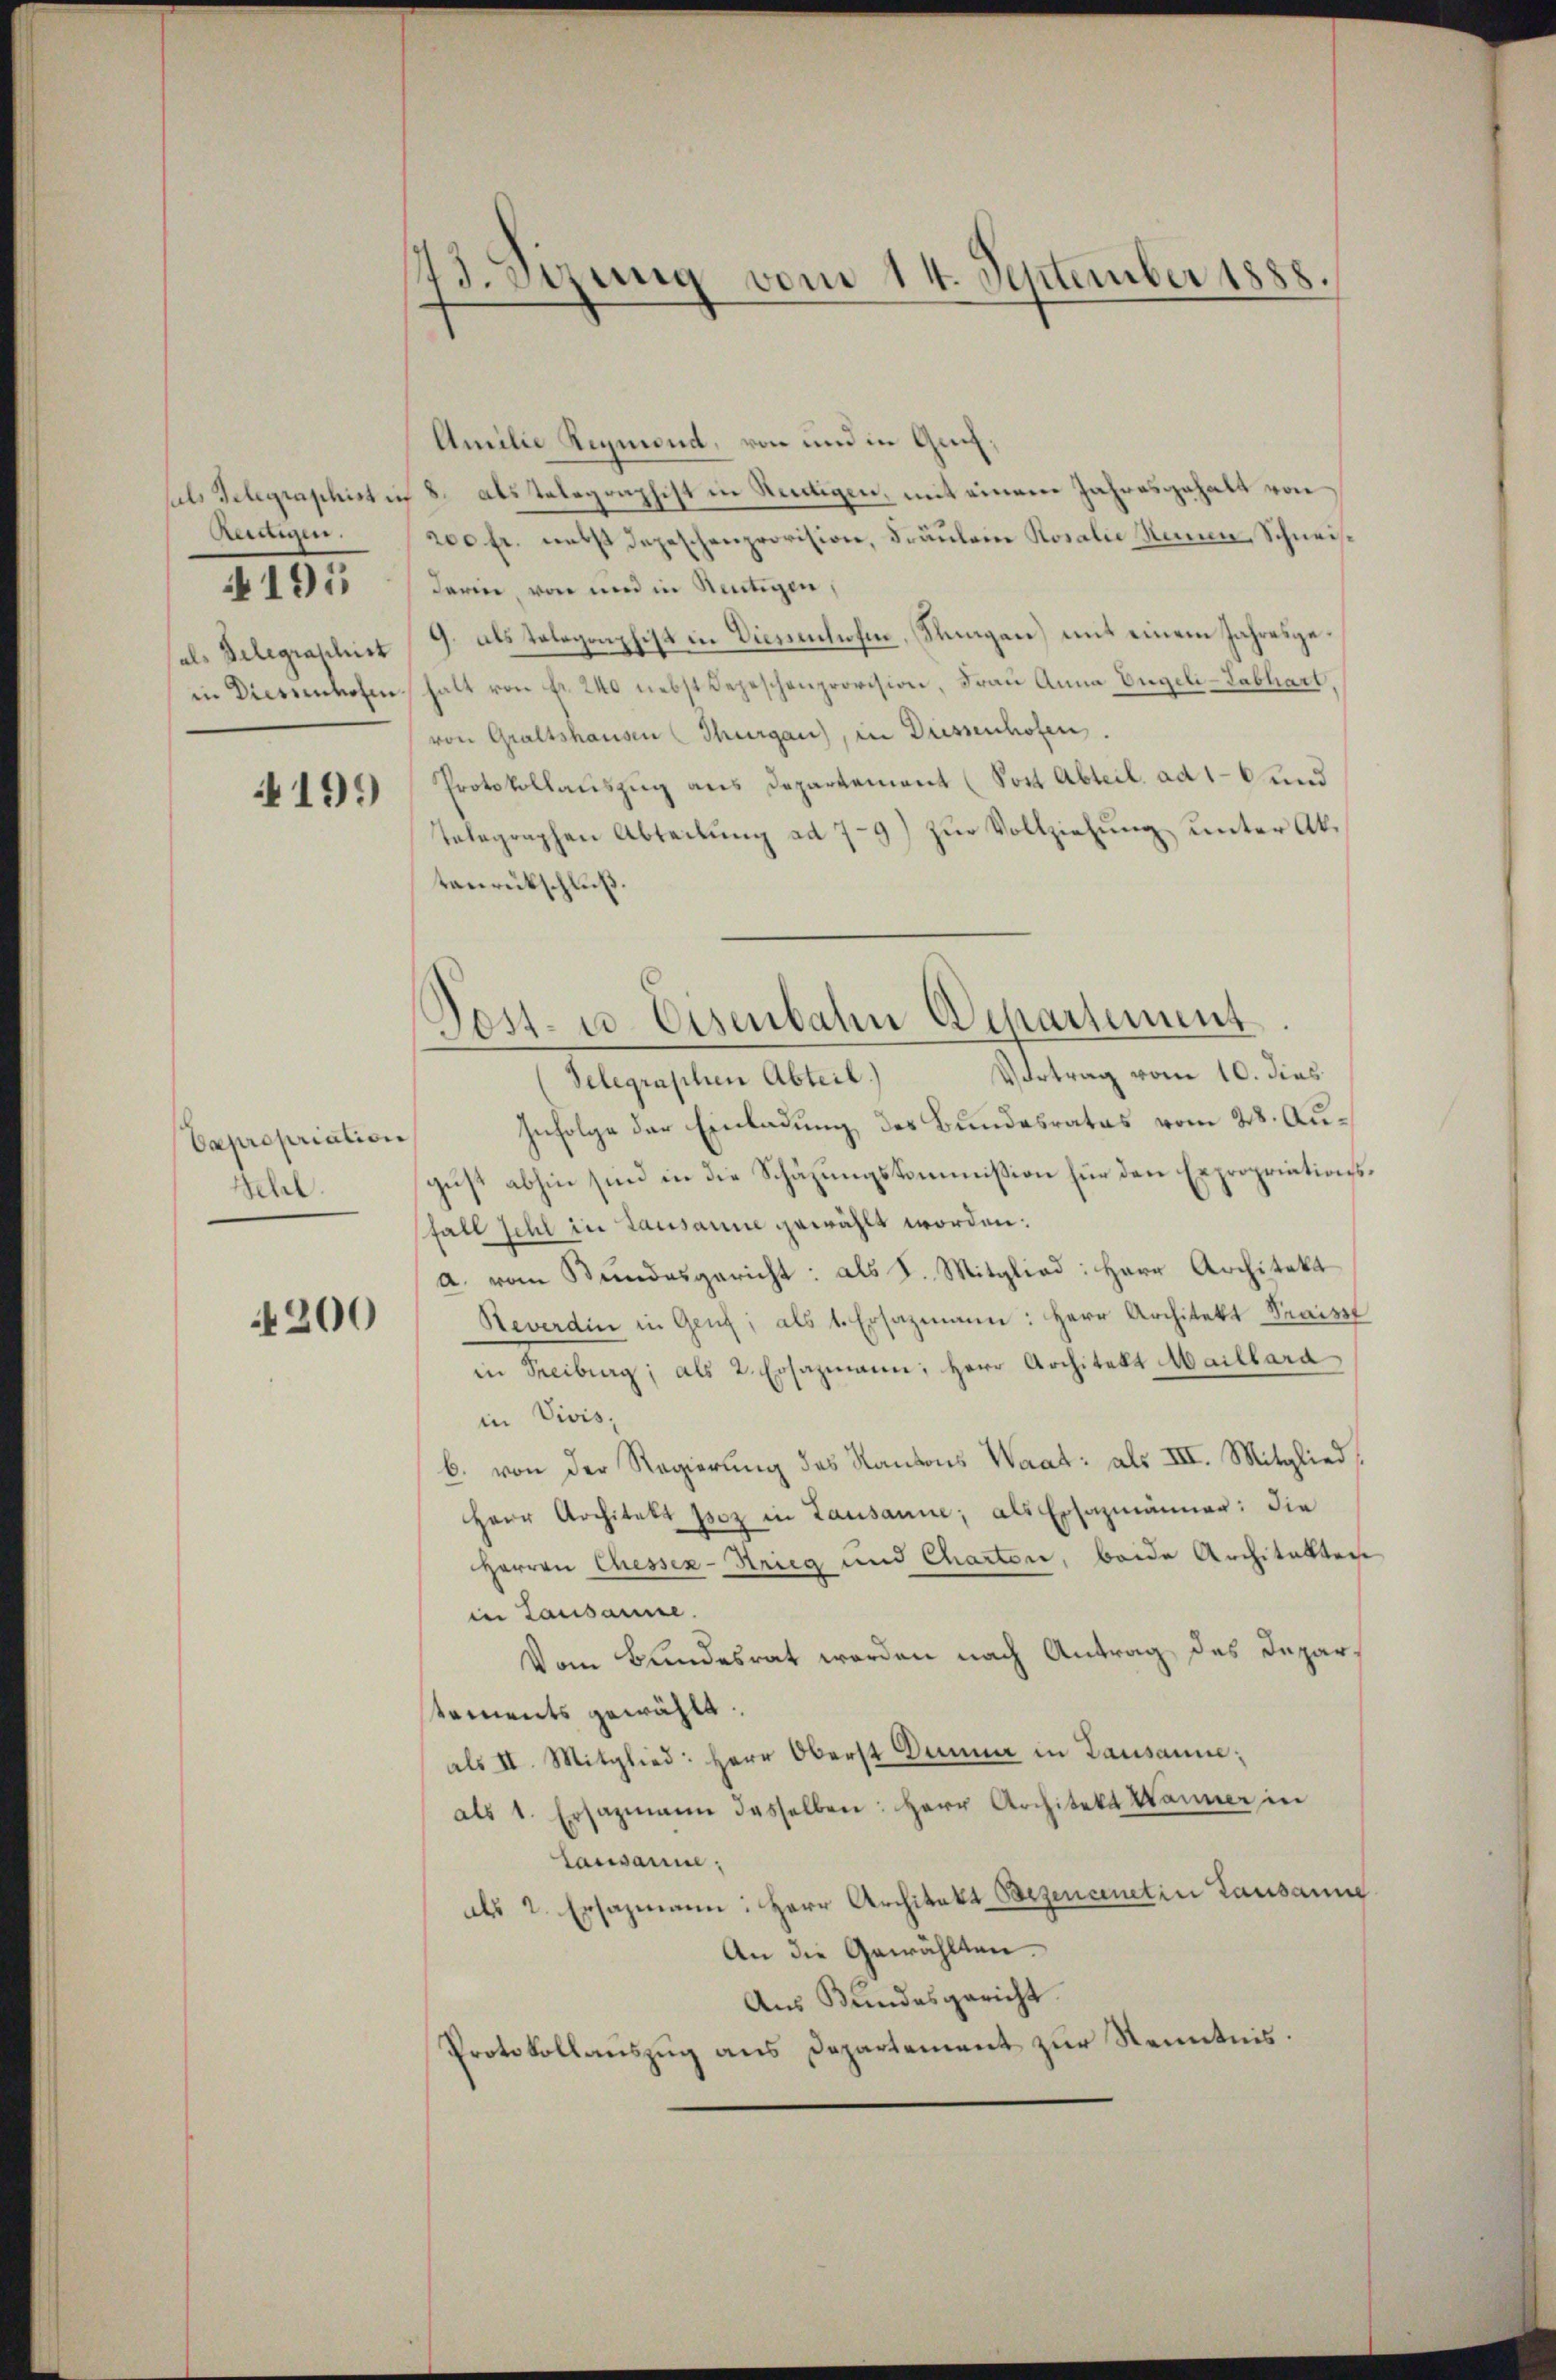
Rennen.
als Belegraschirt

195

4199

Schl

4200

173. Sizung vom 14. September 1888.

Amilie Reymond, von und in Gui,
sals Telegraphist in 8. Als Telegraphist in Neudigen, mit einem Jahresgehalt von
200 fr. nebst depeschenprovision, Fräulein Rosalie Neuen Schneisderin, von und in Reutigen,
9. als Telegenphist in Diesenhofen, Stungen) mit einem Jahresgein Diessenhofen halt von Fr. 240 nebst Depeschenprovision, Frau Anna Engeli-Labhart,
von Graftshausen (Thurgau), in Diessenhofen.
Protokollauszug aus Departement (Sost Abteil. ad 16 und
Telegraphen Abteilŭng ad 7-9) zŭr Vollziehung unter Aktenrütschluß.

Post- u. Eisenbahn Departement

Vertrag vom 10. dies
Telegraphen Abteil)
Capropriation Infolge der Einladung des Bundesrates vom 28. August abhin sind in die Schäzungskommission für den Expropriationsfall schl in Lausanne gewählt worden:
a. vom Bundesgericht: als I. Mitglied: Herr Architekt
Reverdin in Genf; als 1. Ersazmann: Herr Architekt Praiss
in Freiburg, als 2. Ersazmann, Herr Architekt Maillard
in Divis,
b. von der Regierung des Kantons Waat: als III. Mitglied
Herr Architekt Isoz in Lausanne, als Ersazmänner: die
Herren Chessen-Krieg und Charten, beide Architekten
in Lausanne.
Vom Bundesrat werden nach Antrag des Departements gewählt.
als II. Mitglied: Herr Oberst Dumme in Lausanne;
als 1. Ersazmann dasselben: Herr Architekt Wanner in
Lausanne.
als 2. Ersazmann: Herr Architekt Bezencentin Lausanne
An die Gewählten.
Aus Bundesgericht.
Protokollauszug aus Departement zur Kenntnis.